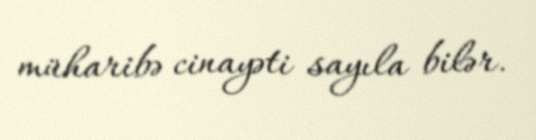
müharibə cinayəti sayıla bilər.